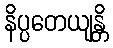
နိပ္ပတေယျန္တိ